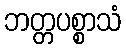
ဘတ္တပစ္စာသံ